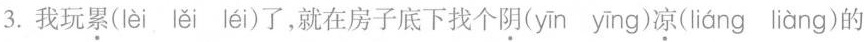
3.我玩累(lèi lěi léi)了，就在房子底下找个阴(yīn yīng)凉(liáng liàng)的